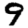
Digit: 9